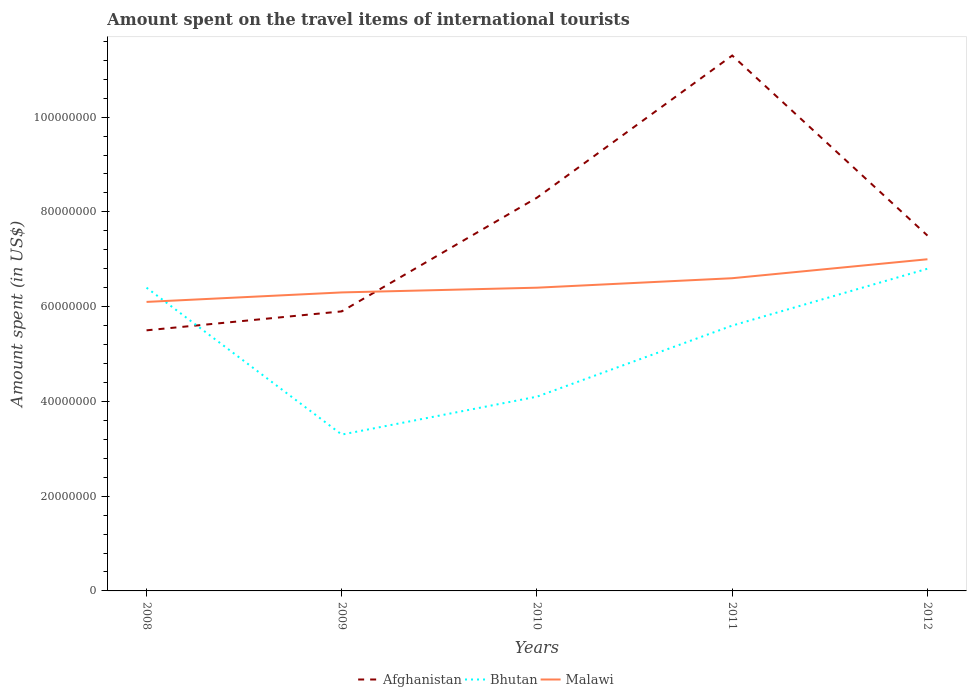
| Years | Afghanistan | Bhutan | Malawi |
 | --- | --- | --- | --- |
 | 2008 | 5.5e+07 | 6.4e+07 | 6.1e+07 |
 | 2009 | 5.9e+07 | 3.3e+07 | 6.3e+07 |
 | 2010 | 8.3e+07 | 4.1e+07 | 6.4e+07 |
 | 2011 | 1.13e+08 | 5.6e+07 | 6.6e+07 |
 | 2012 | 7.5e+07 | 6.8e+07 | 7e+07 |